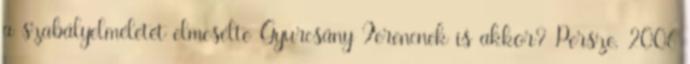
a szabályelméletét elmesélte Gyurcsány Ferencnek is akkor? Persze, 2006